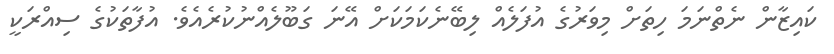
ކައިޒާން ނެތްނަމަ ހިތަށް މިވަރުގެ އުފަލެއް ލިބޭނެކަމަކަށް އޭނަ ގަބޫލެއްނުކުރެއެވެ. އުފާތަކުގެ ސިއްރަކީ